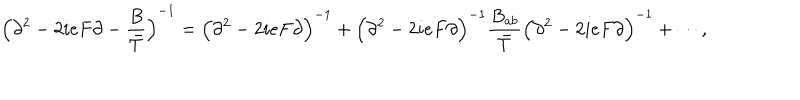
{ \Bigl ( \partial ^ { 2 } - 2 i e F \partial - { \frac { B } { \bar { T } } } \Bigl ) } ^ { - 1 } = { \Bigl ( \partial ^ { 2 } - 2 i e F \partial \Bigr ) } ^ { - 1 } + { \Bigl ( \partial ^ { 2 } - 2 i e F \partial \Bigr ) } ^ { - 1 } { \frac { B _ { a b } } { \bar { T } } } { \Bigl ( \partial ^ { 2 } - 2 i e F \partial \Bigr ) } ^ { - 1 } + \cdots ,